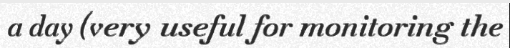
a day (very useful for monitoring the